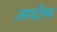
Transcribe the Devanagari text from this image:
अदोम